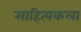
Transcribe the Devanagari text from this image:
साहित्यकला